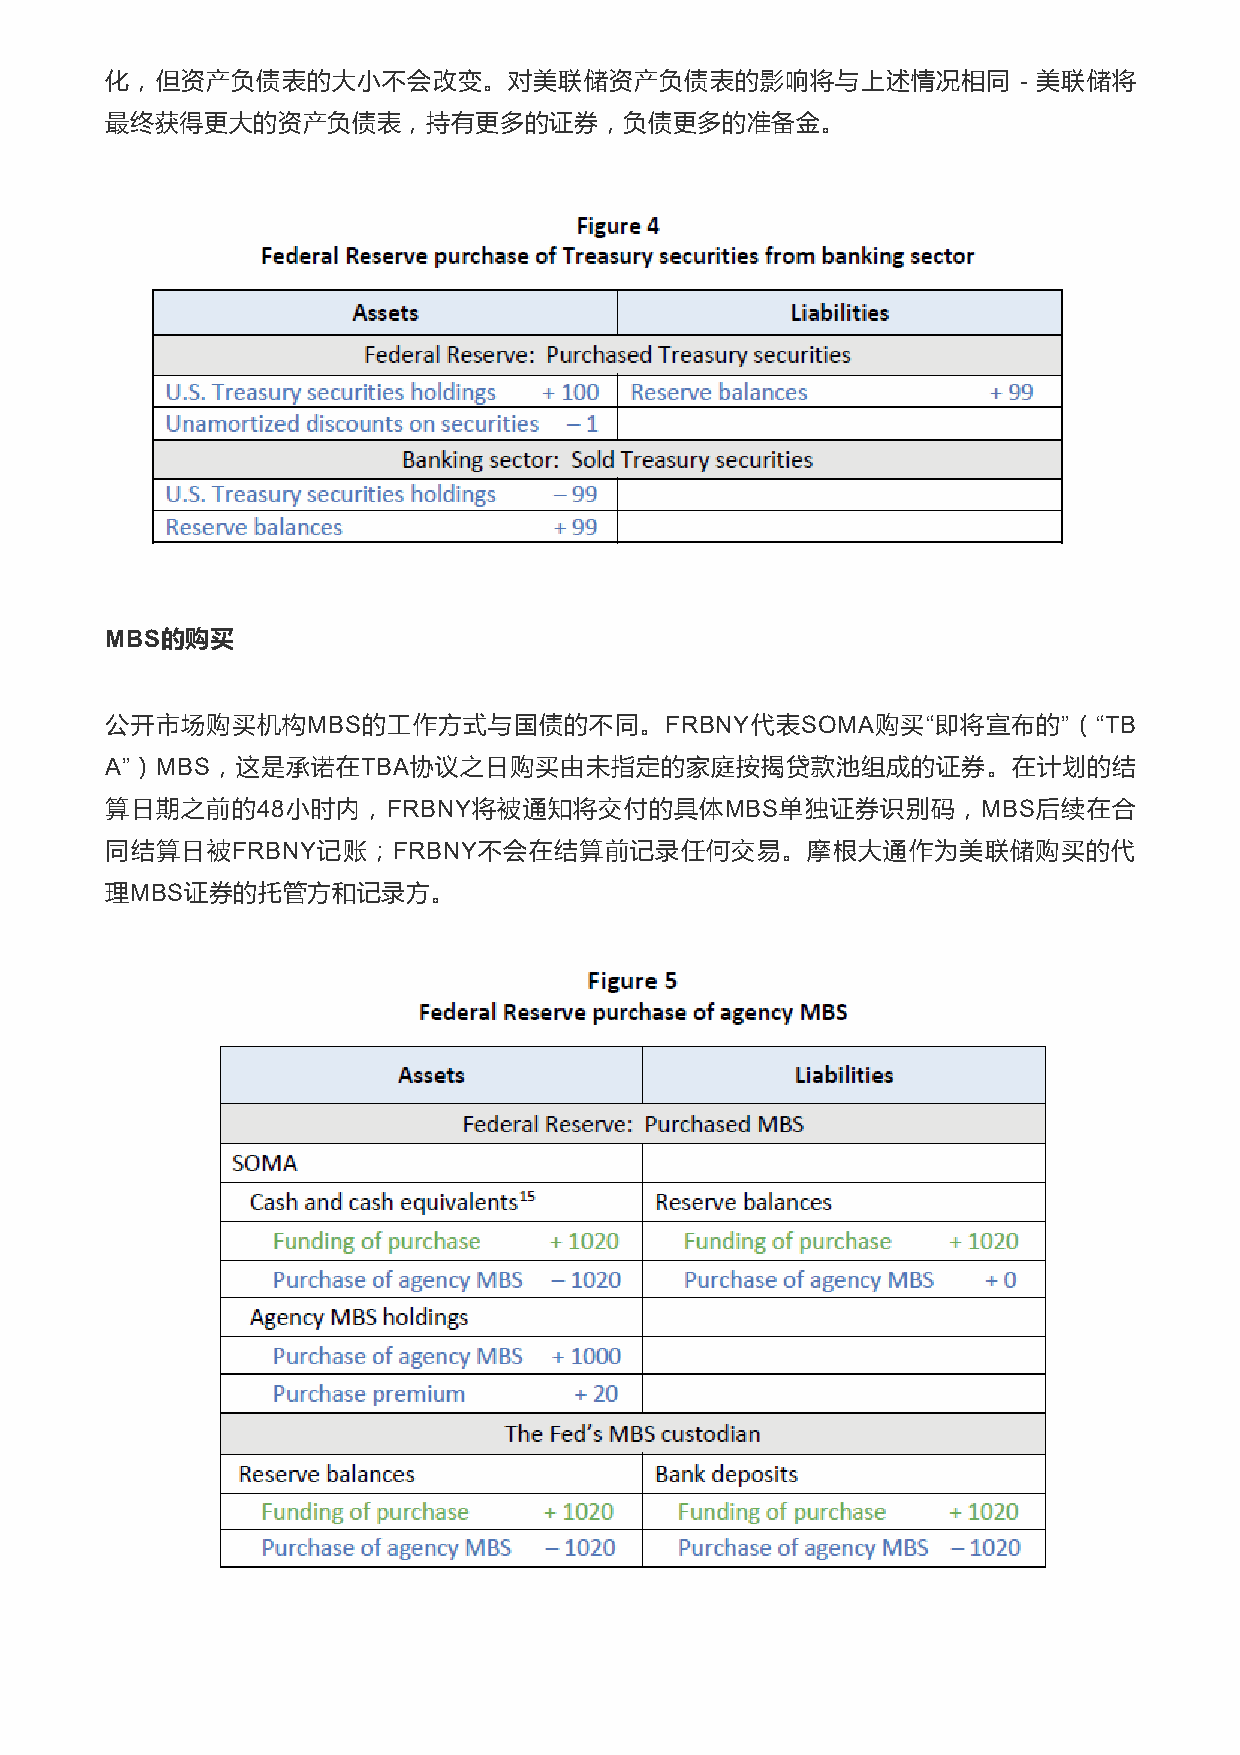
化，但资产负债表的大小不会改变。对美联储资产负债表的影响将与上述情况相同                        - 美联储将
 最终获得更大的资产负债表，持有更多的证券，负债更多的准备金。
 MBS的购买
 公开市场购买机构MBS的工作方式与国债的不同。FRBNY代表SOMA购买“即将宣布的”（“TB
 A”）MBS，这是承诺在TBA协议之日购买由未指定的家庭按揭贷款池组成的证券。在计划的结
 算日期之前的48小时内，FRBNY将被通知将交付的具体MBS单独证券识别码，MBS后续在合
 同结算日被FRBNY记账；FRBNY不会在结算前记录任何交易。摩根大通作为美联储购买的代
 理MBS证券的托管方和记录方。